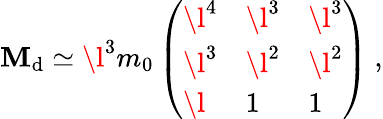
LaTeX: \mathbf{M}_{\mathrm{{d}}}\simeq\l^{3}m_{0}\left(\begin{array}{lll}{{\l^{4}}}&{{\l^{3}}}&{{\l^{3}}}\\ {{\l^{3}}}&{{\l^{2}}}&{{\l^{2}}}\\ {{\l}}&{{1}}&{{1}}\end{array}\right)\ ,